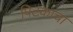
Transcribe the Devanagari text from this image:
पिटकाचा